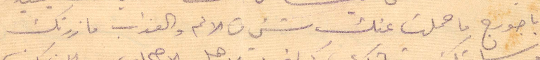
يا جورج ما حملت عنك شيء من الألم والعذاب ما زرتك